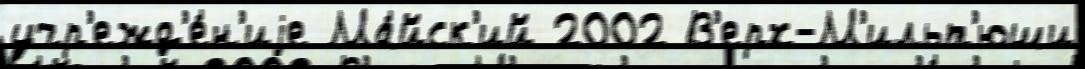
учр'ежд'е́н'иjе Ма́йск'ий 2002 В'ерх-М'ильт'юши